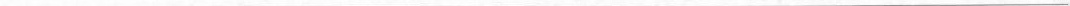
___